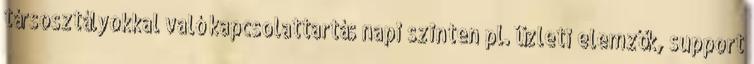
társosztályokkal való kapcsolattartás napi szinten pl. üzleti elemzők, support